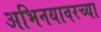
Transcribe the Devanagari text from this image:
अभिनयावरच्या